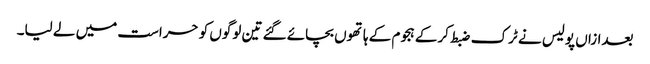
بعدازاں پولیس نے ٹرک ضبط کرکے ہجوم کے ہاتھوں بچائے گئے تین لوگوں کو حراست میں لے لیا۔